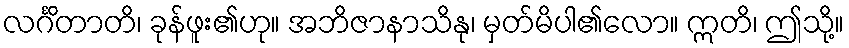
လင်္ဂိတာတိ၊ ခုန်ဖူး၏ဟု။ အဘိဇာနာသိနု၊ မှတ်မိပါ၏လော။ ဣတိ၊ ဤသို့။